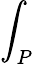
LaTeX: \int_{P}